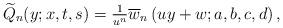
LaTeX: \begin{align*} \widetilde{Q}_{n}(y;x,t,s)=\tfrac{1}{u^n}\overline{w}_n\left(uy+w;a,b,c,d\right),\end{align*}